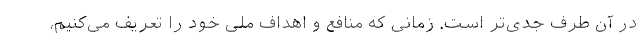
در آن طرف جدی‌تر است. زمانی که منافع و اهداف ملی خود را تعریف می‌کنیم،